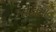
મોકામા